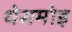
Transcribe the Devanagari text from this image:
थेसमोइ